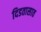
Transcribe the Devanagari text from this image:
दिडतासात